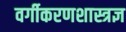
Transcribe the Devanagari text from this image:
वर्गीकरणशास्त्रज्ञ